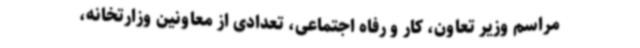
مراسم وزیر تعاون، کار و رفاه اجتماعی، تعدادی از معاونین وزارتخانه،